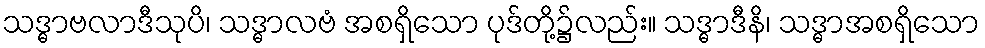
သဒ္ဓာဗလာဒီသုပိ၊ သဒ္ဓာလဗံ အစရှိသော ပုဒ်တို့၌လည်း။ သဒ္ဓာဒီနိ၊ သဒ္ဓာအစရှိသော